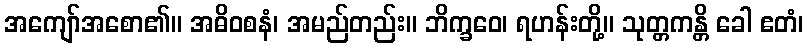
အကျော်အစော၏။ အဓိဝစနံ၊ အမည်တည်း။ ဘိက္ခဝေ၊ ရဟန်းတို့။ သုတ္တကန္တိ ခေါ ဧတံ၊